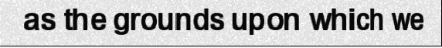
as the grounds upon which we